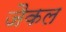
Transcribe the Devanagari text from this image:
जैकल